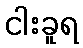
ငါးခူရ